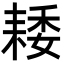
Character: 𦓽